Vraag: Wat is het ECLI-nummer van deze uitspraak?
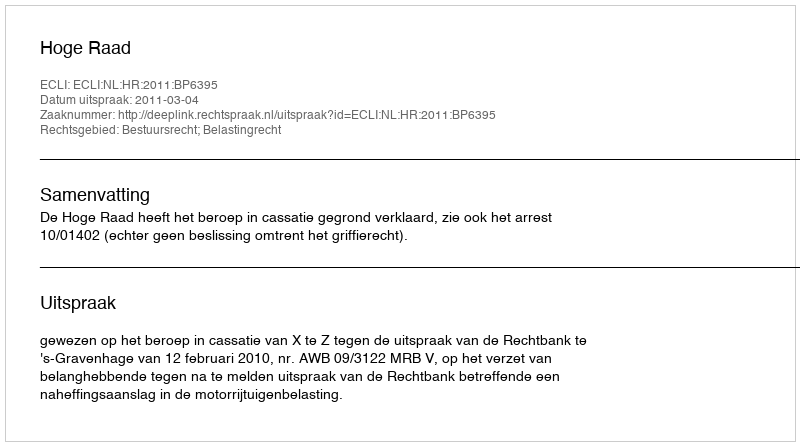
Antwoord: ECLI:NL:HR:2011:BP6395